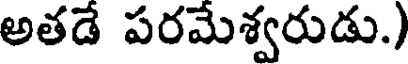
అతడే పరమేశ్వరుడు.)